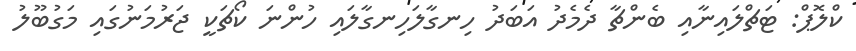
ކްލޮޕް: ޓަޗްލައިނާއި ބެންޗާ ދެމެދު އަބަދު ހިނގާލަހިނގާލައި ހުންނަ ކޯޗަކީ ޖަރުމަނުގައި މަގުބޫލު